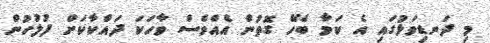
މި ދަނޑިވަޅުގައި އެ ކަމާ ބެހޭ ގޮތުން އެއްވެސް ވާހަކަ ދައްކާކަށް ފުލުހުން